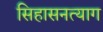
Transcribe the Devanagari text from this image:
सिहासनत्याग